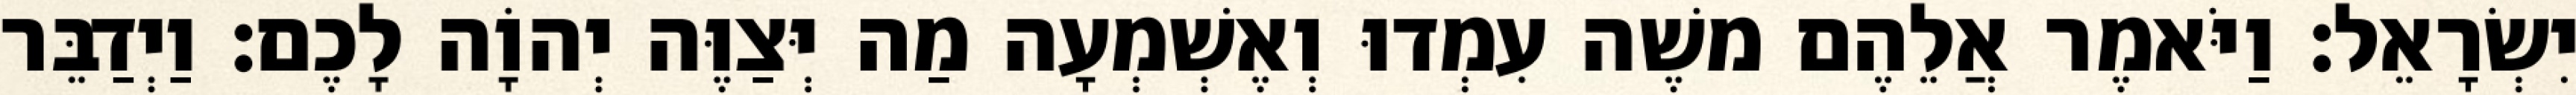
יִשְׂרָאֵל׃ וַיֹּאמֶר אֲלֵהֶם משֶׁה עִמְדוּ וְאֶשְׁמְעָה מַה יְּצַוֶּה יְהוָֹה לָכֶם׃ וַיְדַבֵּר